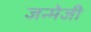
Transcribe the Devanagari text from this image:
जन्मेजी